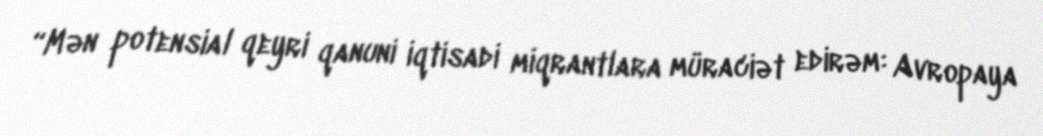
“Mən potensial qeyri qanuni iqtisadi miqrantlara müraciət edirəm: Avropaya